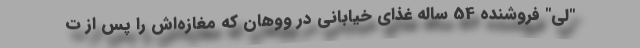
"لی" فروشنده 54 ساله غذای خیابانی در ووهان که مغازه‌اش را پس از ت